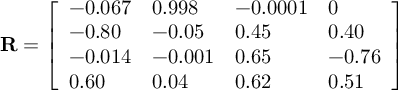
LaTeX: { \bf R } = \left[ \begin{array} { l l l l } { { - 0 . 0 6 7 } } & { { 0 . 9 9 8 } } & { { - 0 . 0 0 0 1 } } & { { 0 } } \\ { { - 0 . 8 0 } } & { { - 0 . 0 5 } } & { { 0 . 4 5 } } & { { 0 . 4 0 } } \\ { { - 0 . 0 1 4 } } & { { - 0 . 0 0 1 } } & { { 0 . 6 5 } } & { { - 0 . 7 6 } } \\ { { 0 . 6 0 } } & { { 0 . 0 4 } } & { { 0 . 6 2 } } & { { 0 . 5 1 } } \end{array} \right]